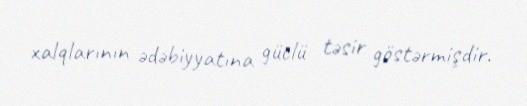
xalqlarının ədəbiyyatına güclü təsir göstərmişdir.